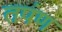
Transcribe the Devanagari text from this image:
तपंण